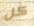
كل